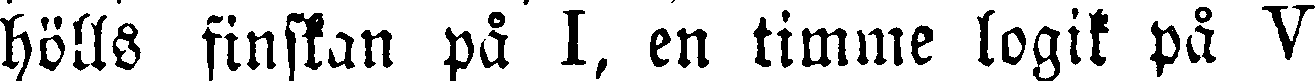
hölls finskan på I, en timme logik på V